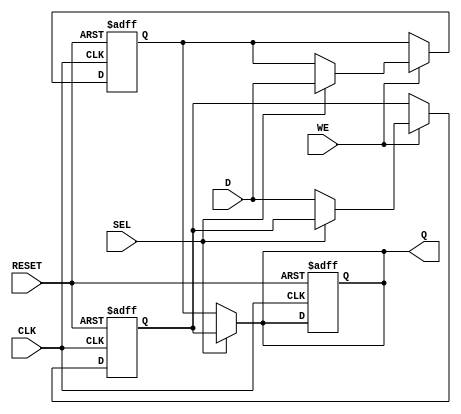
module DoubleBufferRegister (
    input wire [7:0] D,        // Data input (8-bit width)
    input wire WE,             // Write Enable
    input wire CLK,            // Clock signal
    input wire SEL,            // Select signal for Buffer A or Buffer B
    input wire RESET,          // Optional reset signal
    output reg [7:0] Q         // Data output (8-bit width)
);

    // Internal registers for Buffer A and Buffer B
    reg [7:0] bufferA;
    reg [7:0] bufferB;

    // Sequential logic for writing data to the buffers
    always @(posedge CLK or posedge RESET) begin
        if (RESET) begin
            // Reset both buffers to zero
            bufferA <= 8'b0;
            bufferB <= 8'b0;
            Q <= 8'b0; // Reset output as well
        end else begin
            if (WE) begin
                // Write data to the selected buffer
                if (SEL) begin
                    bufferB <= D; // Write to Buffer B
                end else begin
                    bufferA <= D; // Write to Buffer A
                end
            end
        end
    end

    // Combinational logic for reading data from the buffers
    always @(*) begin
        // Output the data from the buffer that is not currently being written to
        if (SEL) begin
            Q = bufferA; // Read from Buffer A when SEL is high
        end else begin
            Q = bufferB; // Read from Buffer B when SEL is low
        end
    end

endmodule